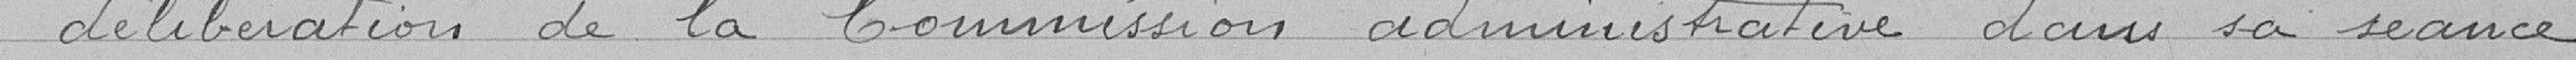
délibération de la Commission administrative